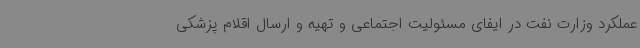
عملکرد وزارت نفت در ایفای مسئولیت اجتماعی و تهیه و ارسال اقلام پزشکی